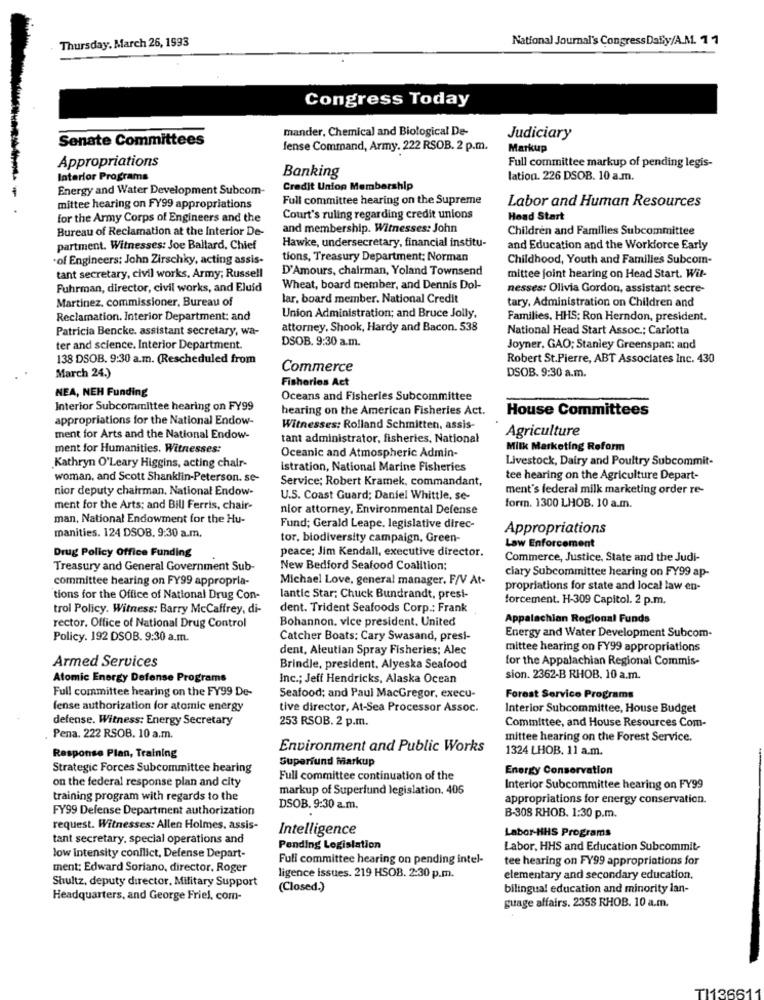
Thursday, March 26, 1993
National Journal's CongressDaily/A.M. 11
Congress Today
mander, Chemical and Biological De-
Senate Committees
Judiciary
fense Command, Army. 222 RSOB. 2 p.m.
Markup
Appropriations
Full committee markup of pending legis-
Interior Programs
Banking
lation. 226 DSOB. 10 a.m.
Energy and Water Development Subcom-
Credit Union Membership
Full committee hearing on the Supreme
Labor and Human Resources
mittee hearing on FY99 appropriations
for the Army Corps of Engineers and the
Court's ruling regarding credit unions
Head Start
Bureau of Reclamation at the Interior De-
and membership. Witnesses: John
Children and Families Subcommittee
Hawke, undersecretary, financial institu-
partment. Witnesses: Joe Ballard, Chief
and Education and the Workforce Early
·of Engineers; John Zirschky, acting assis-
tions, Treasury Department; Norman
Childhood, Youth and Families Subcom-
D'Amours, chairman, Yoland Townsend
tant secretary, civil works, Army; Russell
mittee joint hearing on Head Start. Wil-
Fuhrman, director, civil works, and Eluid
Wheat, board member, and Dennis Dol-
nesses: Olivia Gordon, assistant secre-
Martinez, commissioner, Bureau of
lar, board member. National Credit
tary, Administration on Children and
Reclamation. Interior Department: and
Union Administration; and Bruce Jolly,
Families, HHS: Ron Herndon, president.
Patricia Bencke. assistant secretary, wa-
attorney, Shook, Hardy and Bacon. 538
National Head Start Assoc .; Carlotta
DSOB. 9:30 a.m.
ter and science. Interior Department.
Joyner. GAO: Stanley Greenspan; and
138 DSOB. 9:30 a.m. (Rescheduled from
Robert St.Pierre, ABT Associates Inc. 430
Commerce
DSOB. 9:30 a.m.
March 24.)
Fisheries Act
NEA, NEH Funding
Oceans and Fisheries Subcommittee
Interior Subcommittee hearing on FY99
hearing on the American Fisheries Act.
House Committees
appropriations for the National Endow-
Witnesses: Rolland Schmitten, assis
Agriculture
ment for Arts and the National Endow-
tant administrator, fisheries, National
ment for Humanities. Witnesses:
Milk Marketing Reform
Kathryn O'Leary Higgins, acting chair-
Oceanic and Atmospheric Admin-
Livestock, Dairy and Poultry Subcommit-
Istration, National Marine Fisheries
woman, and Scott Shanklin-Peterson. se-
Service; Robert Kramek, commandant,
tee hearing on the Agriculture Depart-
nior deputy chairman. National Endow-
ment's federal milk marketing order re-
U.S. Coast Guard; Daniel Whittle, se-
ment for the Arts; and Bill Ferris, chair-
nior attorney, Environmental Defense
form. 1300 LHOB. 10 a.m.
man, National Endowment for the Hu-
manities. 124 DSOB. 9:30 a.m.
Fund; Gerald Leape. legislative direc-
Appropriations
tor, biodiversity campaign, Green-
Drug Policy Office Funding
peace; Jim Kendall, executive director.
Law Enforcement
Commerce, Justice, State and the Judi-
Treasury and General Government Sub-
New Bedford Seafood Coalition:
clary Subcommittee hearing on FY99 ap-
committee hearing on FY99 appropria-
Michael Love, general manager. F/V At-
propriations for state and local law en-
tions for the Office of National Drug Con-
lantic Star; Chuck Bundrandt, presi-
forcement. H-309 Capitol. 2 p.m.
trol Policy. Witness: Barry McCaffrey, di-
dent. Trident Seafoods Corp .; Frank
Bohannon. vice president. United
Appalachian Regional Funds
rector. Office of National Drug Control
Policy. 192 DSOB. 9:30 a.m.
Catcher Boats: Cary Swasand, presi-
Energy and Water Development Subcom-
dent, Aleutian Spray Fisheries: Alec
mittee hearing on FY99 appropriations
Armed Services
for the Appalachian Regional Commis-
Brindle, president, Alyeska Seafood
Atomic Energy Defense Programs
Inc .; Jeff Hendricks, Alaska Ocean
sion. 2362-B RHOB. 10 a.m.
Full committee hearing on the FY99 De-
Seafood; and Paul MacGregor, execu-
Forest Service Programs
fense authorization for atomic energy
tive director, At-Sea Processor Assoc.
Interior Subcommittee, House Budget
defense. Witness: Energy Secretary
253 RSOB. 2 p.m.
Committee, and House Resources Com-
Pena. 222 RSOB. 10 a.m.
mittee hearing on the Forest Service.
Environment and Public Works
1324 LHOB. 11 a.m.
Response Plan, Training
Superfund Markup
Strategic Forces Subcommittee hearing
Energy Conservation
on the federal response plan and city
Full committee continuation of the
markup of Superlund legislation. 406
Interior Subcommittee hearing on FY99
training program with regards to the
appropriations for energy conservation.
FY99 Defense Department authorization
DSOB. 9:30 a.m.
B-308 RHOB. 1:30 p.m.
request. Witnesses: Allen Holmes, assis-
Intelligence
Labor-HHS Programs
tant secretary. special operations and
Pending Legislation
Labor, HHS and Education Subcommit-
low intensity conflict, Defense Depart-
Full committee hearing on pending intel-
tee hearing on FY99 appropriations for
ment: Edward Soriano, director, Roger
Shultz, deputy director, Military Support
ligence issues. 219 HSOB. 2:30 p.m.
elementary and secondary education,
(Closed.)
bilingual education and minority lan-
Headquarters, and George Friel, com-
guage affairs. 235S RHOB. 10 a.m.
TI13661